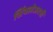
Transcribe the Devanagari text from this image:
सिंक्लेअरची